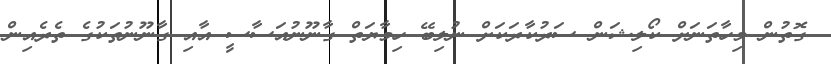
ގޮތުން މިހާތަނަށް ކޯލިޝަން ސަރުކާރަކަށް ނުލިބޭ ހިމާޔަތް ގާނޫނުއަސާސީ އާއި ގާނޫނުތަކުގެ ތެރެއިން